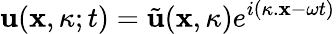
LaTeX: \textbf{u}(\textbf{x},\kappa;t)=\tilde{\textbf{u}}(\textbf{x},\kappa)e^{i(\kappa.\textbf{x}-\omega t)}